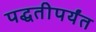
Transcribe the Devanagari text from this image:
पद्धतीपर्यंत